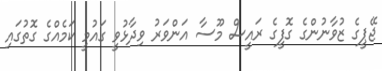
ޖޭޕީގެ ޒުވާނުންގެ ގޮފީގެ ރައީސް މޫސާ އަންވަރު ވިދާޅުވީ ގައުމީ ކަމެއްގެ ގޮތުގައި